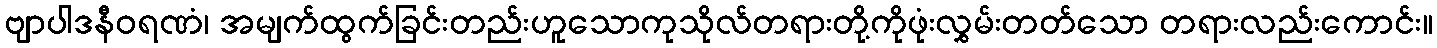
ဗျာပါဒနီဝရဏံ၊ အမျက်ထွက်ခြင်းတည်းဟူသောကုသိုလ်တရားတို့ကိုဖုံးလွှမ်းတတ်သော တရားလည်းကောင်း။